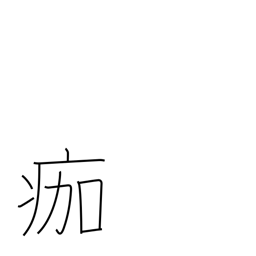
Meaning: slough